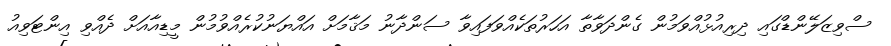
ސްވިޒަލޭންޑްގައި ދިރިއުޅުއްވަމުން ގެންދަވާތާ އަހަރުތަކެއްވަފައިވާ ސަންދާނު މަޤާމަށް އައްޔަނުކުރެއްވުމުން މީޑިއާއަށް ދެއްވި އިންޓަވިއު